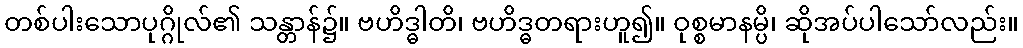
တစ်ပါးသောပုဂ္ဂိုလ်၏ သန္တာန်၌။ ဗဟိဒ္ဓါတိ၊ ဗဟိဒ္ဓတရားဟူ၍။ ဝုစ္စမာနမ္ပိ၊ ဆိုအပ်ပါသော်လည်း။